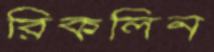
রিকলিন